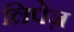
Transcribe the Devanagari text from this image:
लिपेज़